Indian journal of veterinary science and animal husbandry - Volume 10,
Year: 1940
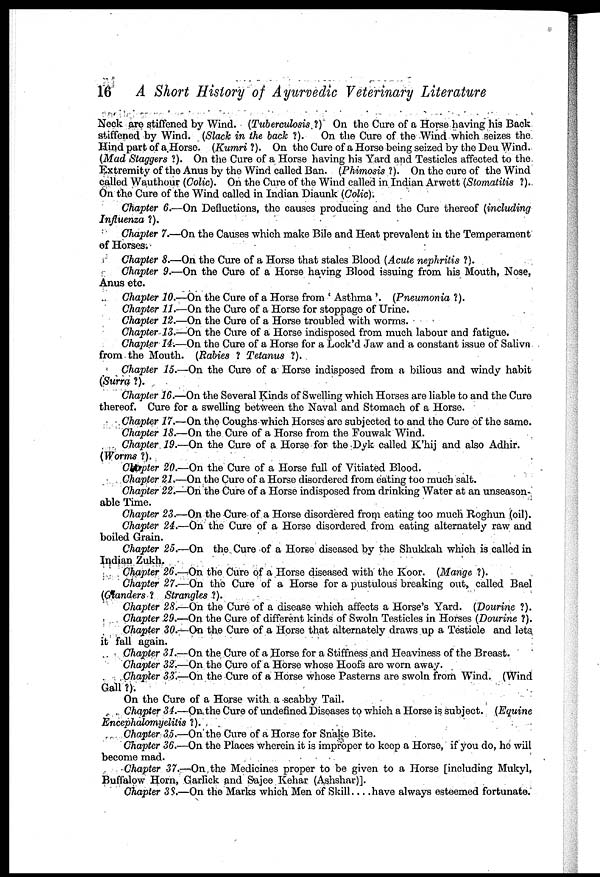
16 A Short History of Ayurvedic Veterinary Literature
Neck are stiffened by Wind. (Tuberculosis ?) On the Cure of a Horse having his Back
stiffened by Wind. (Slack in the back ?). On the Cure of the Wind which seizes the
Hind part of a Horse. (Kumri ?). On the Cure of a Horse being seized by the Deu Wind.
(Mad Staggers ?). On the Cure of a Horse having his Yard and Testicles affected to the
Extremity of the Anus by the Wind called Ban. (Phimosis ?). On the cure of the Wind
called Wauthour (Colic). On the Cure of the Wind called in Indian Arwett (Stomatitis ?).
On the Cure of the Wind called in Indian Diaunk (Colic).
Chapter 6.—On Defluctions, the causes producing and the Cure thereof (including
Influenza ?).
Chapter 7.—On the Causes which make Bile and Heat prevalent in the Temperament
of Horses.
Chapter 8.—On the Cure of a Horse that stales Blood (Acute nephritis ?).
Chapter 9.—On the Cure of a Horse having Blood issuing from his Mouth, Nose,
Anus etc.
Chapter 10.—On the Cure of a Horse from ' Asthma '. (Pneumonia ?).
Chapter 11.—On the Cure of a Horse for stoppage of Urine.
Chapter 12.—On the Cure of a Horse troubled with worms.
Chapter 13.—On the Cure of a Horse indisposed from much labour and fatigue.
Chapter 14.—On the Cure of a Horse for a Lock'd Jaw and a constant issue of Saliva
from the Mouth. (Rabies ? Tetanus ?).
Chapter 15.—On the Cure of a Horse indisposed from a bilious and windy habit
(Surra ?).
Chapter 16.—On the Several Kinds of Swelling which Horses are liable to and the Cure
thereof. Cure for a swelling between the Naval and Stomach of a Horse.
Chapter 17.—On the Coughs which Horses are subjected to and the Cure of the same.
Chapter 18.—On the Cure of a Horse from the Fouwak Wind.
Chapter 19.—On the Cure of a Horse for the Dyk called K'hij and also Adhir.
(Worms ?).
Chapter 20.—On the Cure of a Horse full of Vitiated Blood.
Chapter 21.—On the Cure of a Horse disordered from eating too much salt.
Chapter 22.—On the Cure of a Horse indisposed from drinking Water at an unseason-
able Time.
Chapter 23.—On the Cure of a Horse disordered from eating too much Roghun (oil).
Chapter 24.—On the Cure of a Horse disordered from eating alternately raw and
boiled Grain.
Chapter 25.—On the Cure of a Horse diseased by the Shukkah which is called in
Indian Zukh.
Chapter 26.—On the Cure of a Horse diseased with the Koor. (Mange ?).
Chapter 27.—On the Cure of a Horse for a pustulous breaking out, called Bael
(Gtanders ? Strangles ?).
Chapter 28.—On the Cure of a disease which affects a Horse's Yard. (Dourine ?).
Chapter 29.—On the Cure of different kinds of Swoln Testicles in Horses (Dourine ?).
Chapter 30.—On the Cure of a Horse that alternately draws up a Testicle and lets
it fall again.
Chapter 31.—On the Cure of a Horse for a Stiffness and Heaviness of the Breast.
Chapter 32.—On the Cure of a Horse whose Hoofs are worn away.
Chapter 33.—On the Cure of a Horse whose Pasterns are swoln from Wind. (Wind
Gall ?).
On the Cure of a Horse with a scabby Tail.
Chapter 34.—On the Cure of undefined Diseases to which a Horse is subject. (Equine
Encephalomyelitis ?).
Chapter 35.—On the Cure of a Horse for Snake Bite.
Chapter 36.—On the Places wherein it is improper to keep a Horse, if you do, he will
become mad.
Chapter 37.—On the Medicines proper to be given to a Horse [including Mukyl,
Buffalow Horn, Garlick and Sajee Kehar (Ashshar)].
Chapter 38.—On the Marks which Men of Skill . . . . have always esteemed fortunate.